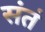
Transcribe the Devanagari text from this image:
संतं